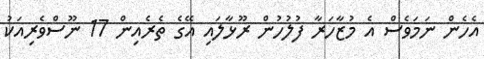
އެހެން ނަމަވެސް އެ މުޒާހަރާ ފުލުހުން ރޫޅާލައި އޭގެ ތެރެއިން 17 ނޫސްވެރިއަކު